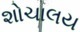
શોચાલય